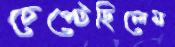
চেপ্‌টেছিলেম